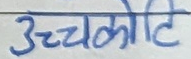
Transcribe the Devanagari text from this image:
उच्चकोटि